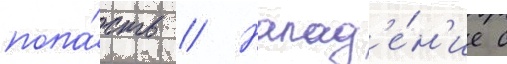
попа́сть // Напад'е́н'ие с